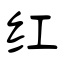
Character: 红